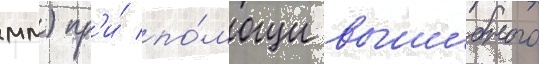
мм) пр'и́ по́мощи вышибного